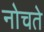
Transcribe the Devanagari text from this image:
नोचते